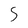
Character: 5